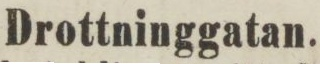
Drottninggatan.